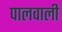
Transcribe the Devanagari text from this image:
पालवाली